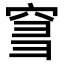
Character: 𥥨